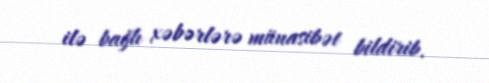
ilə bağlı xəbərlərə münasibət bildirib.